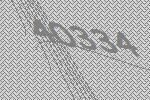
40334